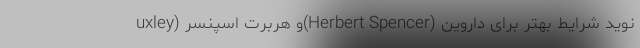
uxley) و هربرت اسپنسر(Herbert Spencer) نوید شرایط بهتر برای داروین